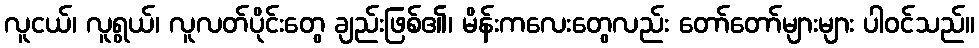
လူငယ်၊ လူရွယ်၊ လူလတ်ပိုင်းတွေ ချည်းဖြစ်၏၊ မိန်းကလေးတွေလည်း တော်တော်များများ ပါဝင်သည်။